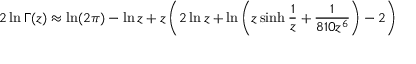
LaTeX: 2 \ln \Gamma ( z ) \approx \ln ( 2 \pi ) - \ln z + z \left( 2 \ln z + \ln \left( z \sinh { \frac { 1 } { z } } + { \frac { 1 } { 8 1 0 z ^ { 6 } } } \right) - 2 \right)